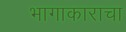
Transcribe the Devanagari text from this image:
भागाकाराचा